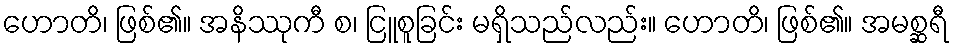
ဟောတိ၊ ဖြစ်၏။ အနိဿုကီ စ၊ ငြူစူခြင်း မရှိသည်လည်း။ ဟောတိ၊ ဖြစ်၏။ အမစ္ဆရီ